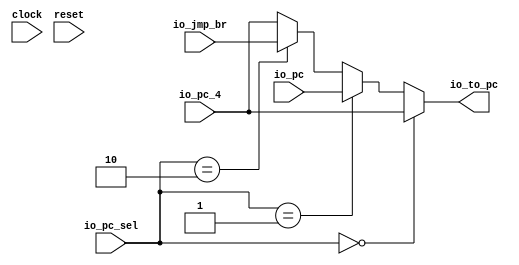
`ifdef RANDOMIZE_GARBAGE_ASSIGN
`define RANDOMIZE
`endif
`ifdef RANDOMIZE_INVALID_ASSIGN
`define RANDOMIZE
`endif
`ifdef RANDOMIZE_REG_INIT
`define RANDOMIZE
`endif
`ifdef RANDOMIZE_MEM_INIT
`define RANDOMIZE
`endif

module pc_mux(
  input   clock,
  input   reset,
  input  [31:0] io_pc_4,
  input  [31:0] io_pc,
  input  [31:0] io_jmp_br,
  input  [3:0] io_pc_sel,
  output [31:0] io_to_pc
);
  wire  _T_12;
  wire  _T_13;
  wire  _T_14;
  wire [31:0] _T_15;
  wire [31:0] _T_16;
  wire [31:0] _T_17;
  assign io_to_pc = _T_17;
  assign _T_12 = io_pc_sel == 4'h0;
  assign _T_13 = io_pc_sel == 4'h1;
  assign _T_14 = io_pc_sel == 4'h2;
  assign _T_15 = _T_14 ? io_jmp_br : io_pc_4;
  assign _T_16 = _T_13 ? io_pc : _T_15;
  assign _T_17 = _T_12 ? io_pc_4 : _T_16;
endmodule